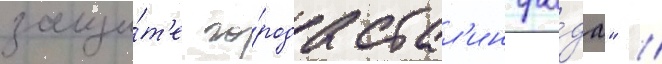
защи́т'е го́рода стал'ингра́да" //